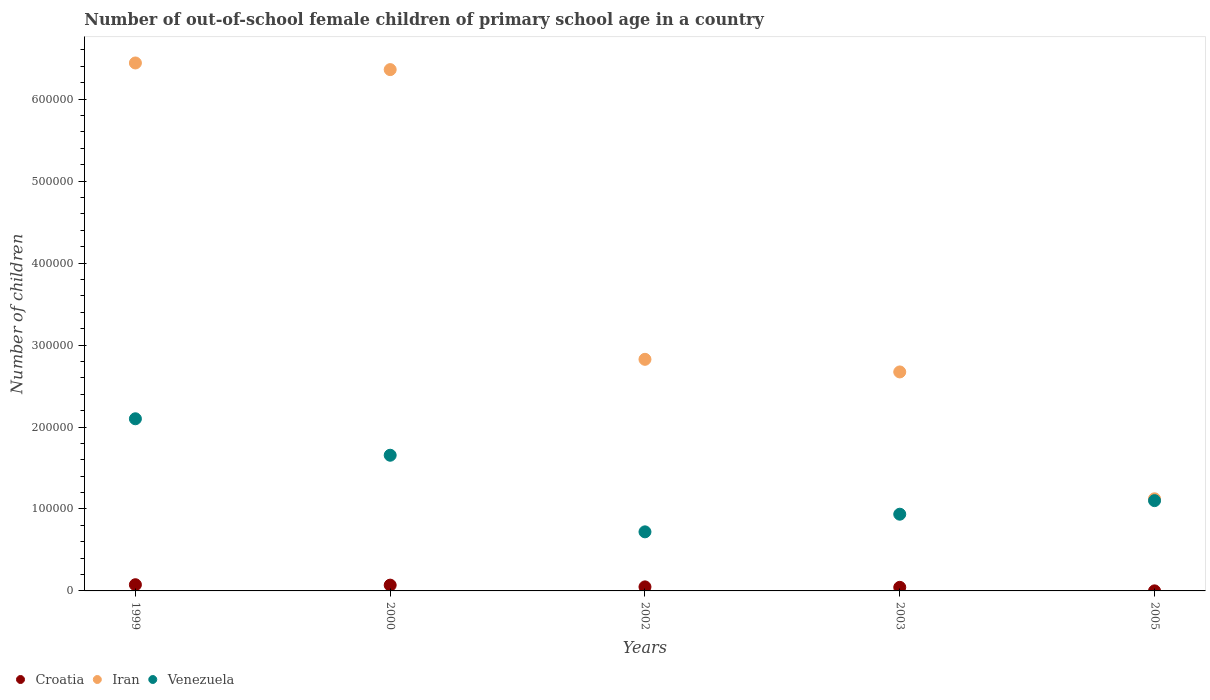
| Years | Croatia | Iran | Venezuela |
 | --- | --- | --- | --- |
 | 1999 | 7.57e+03 | 6.44e+05 | 2.1e+05 |
 | 2000 | 7.05e+03 | 6.36e+05 | 1.66e+05 |
 | 2002 | 4.92e+03 | 2.83e+05 | 7.21e+04 |
 | 2003 | 4.38e+03 | 2.67e+05 | 9.36e+04 |
 | 2005 | 76 | 1.12e+05 | 1.1e+05 |